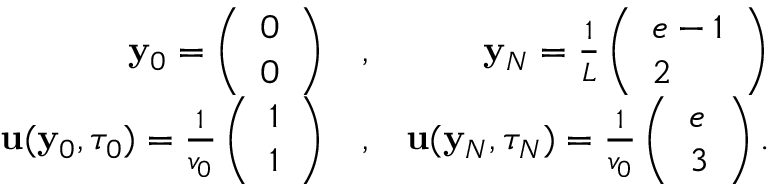
\begin{array} { r l r } { { \mathbf y } _ { 0 } = \left( \begin{array} { l } { 0 } \\ { 0 } \end{array} \right) } & { , } & { { \mathbf y } _ { N } = \frac { 1 } { L } \left( \begin{array} { l } { e - 1 } \\ { 2 } \end{array} \right) } \\ { { \mathbf u } ( { \mathbf y } _ { 0 } , \tau _ { 0 } ) = \frac { 1 } { v _ { 0 } } \left( \begin{array} { l } { 1 } \\ { 1 } \end{array} \right) } & { , } & { { \mathbf u } ( { \mathbf y } _ { N } , \tau _ { N } ) = \frac { 1 } { v _ { 0 } } \left( \begin{array} { l } { e } \\ { 3 } \end{array} \right) . } \end{array}